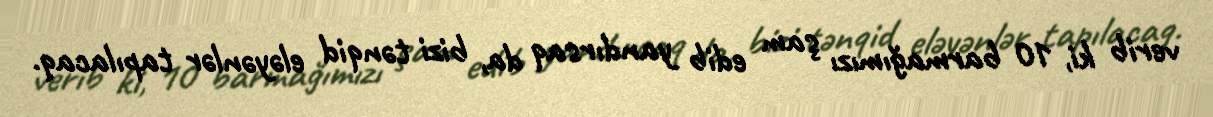
verib ki, 10 barmağımızı şam edib yandırsaq da, bizi tənqid eləyənlər tapılacaq.